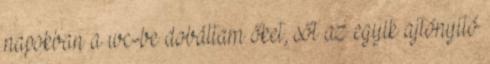
napokban a wc-be dobáltam őket, sőt az egyik ajtónyitó